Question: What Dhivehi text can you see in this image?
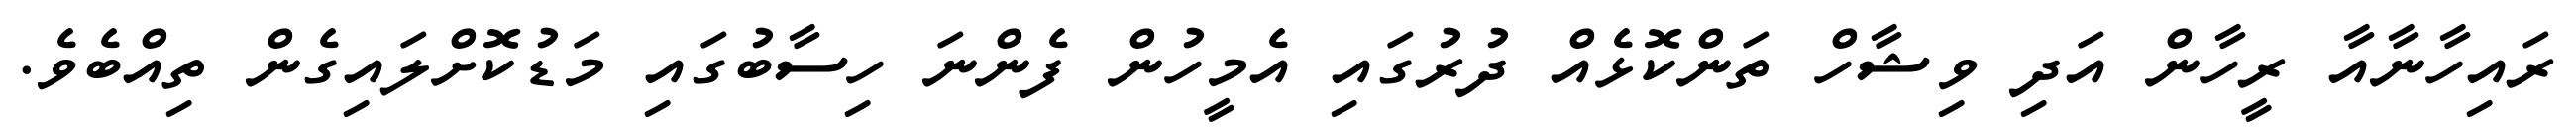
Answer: ރައިހާނާއާ ރީހާން އަދި ވިޝާހް ތަންކޮޅެއް ދުރުގައި އެމީހުން ފެންނަ ހިސާބުގައި މަޑުކޮށްލައިގެން ތިއްބެވެ.